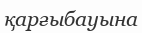
қарғыбауына